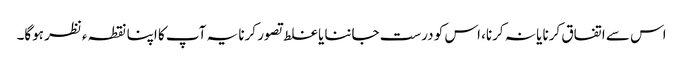
اس سے اتفاق کرنا یا نہ کرنا، اس کو درست جاننا یا غلط تصور کرنا یہ آپ کا اپنا نقطہ ءنظر ہوگا۔